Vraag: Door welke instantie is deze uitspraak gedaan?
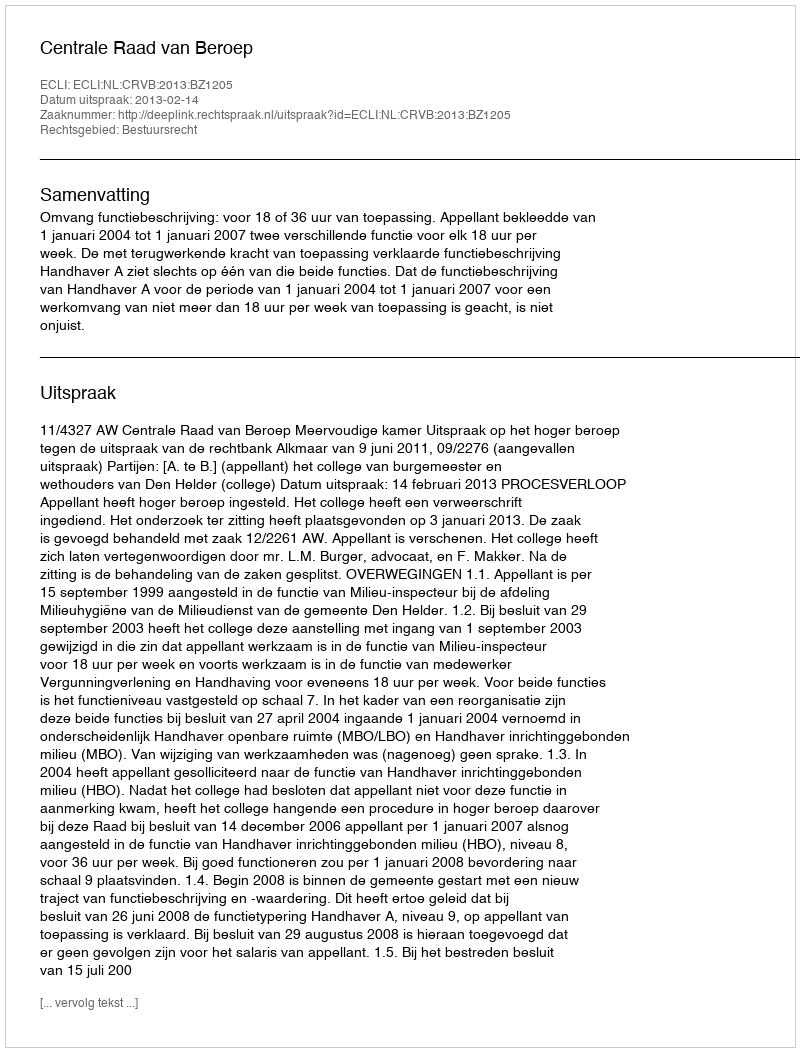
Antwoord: Centrale Raad van Beroep